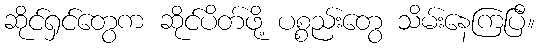
ဆိုင်ရှင်တွေက ဆိုင်ပိတ်ဖို့ ပစ္စည်းတွေ သိမ်းနေကြပြီ။